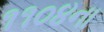
૧૧૦૪ના